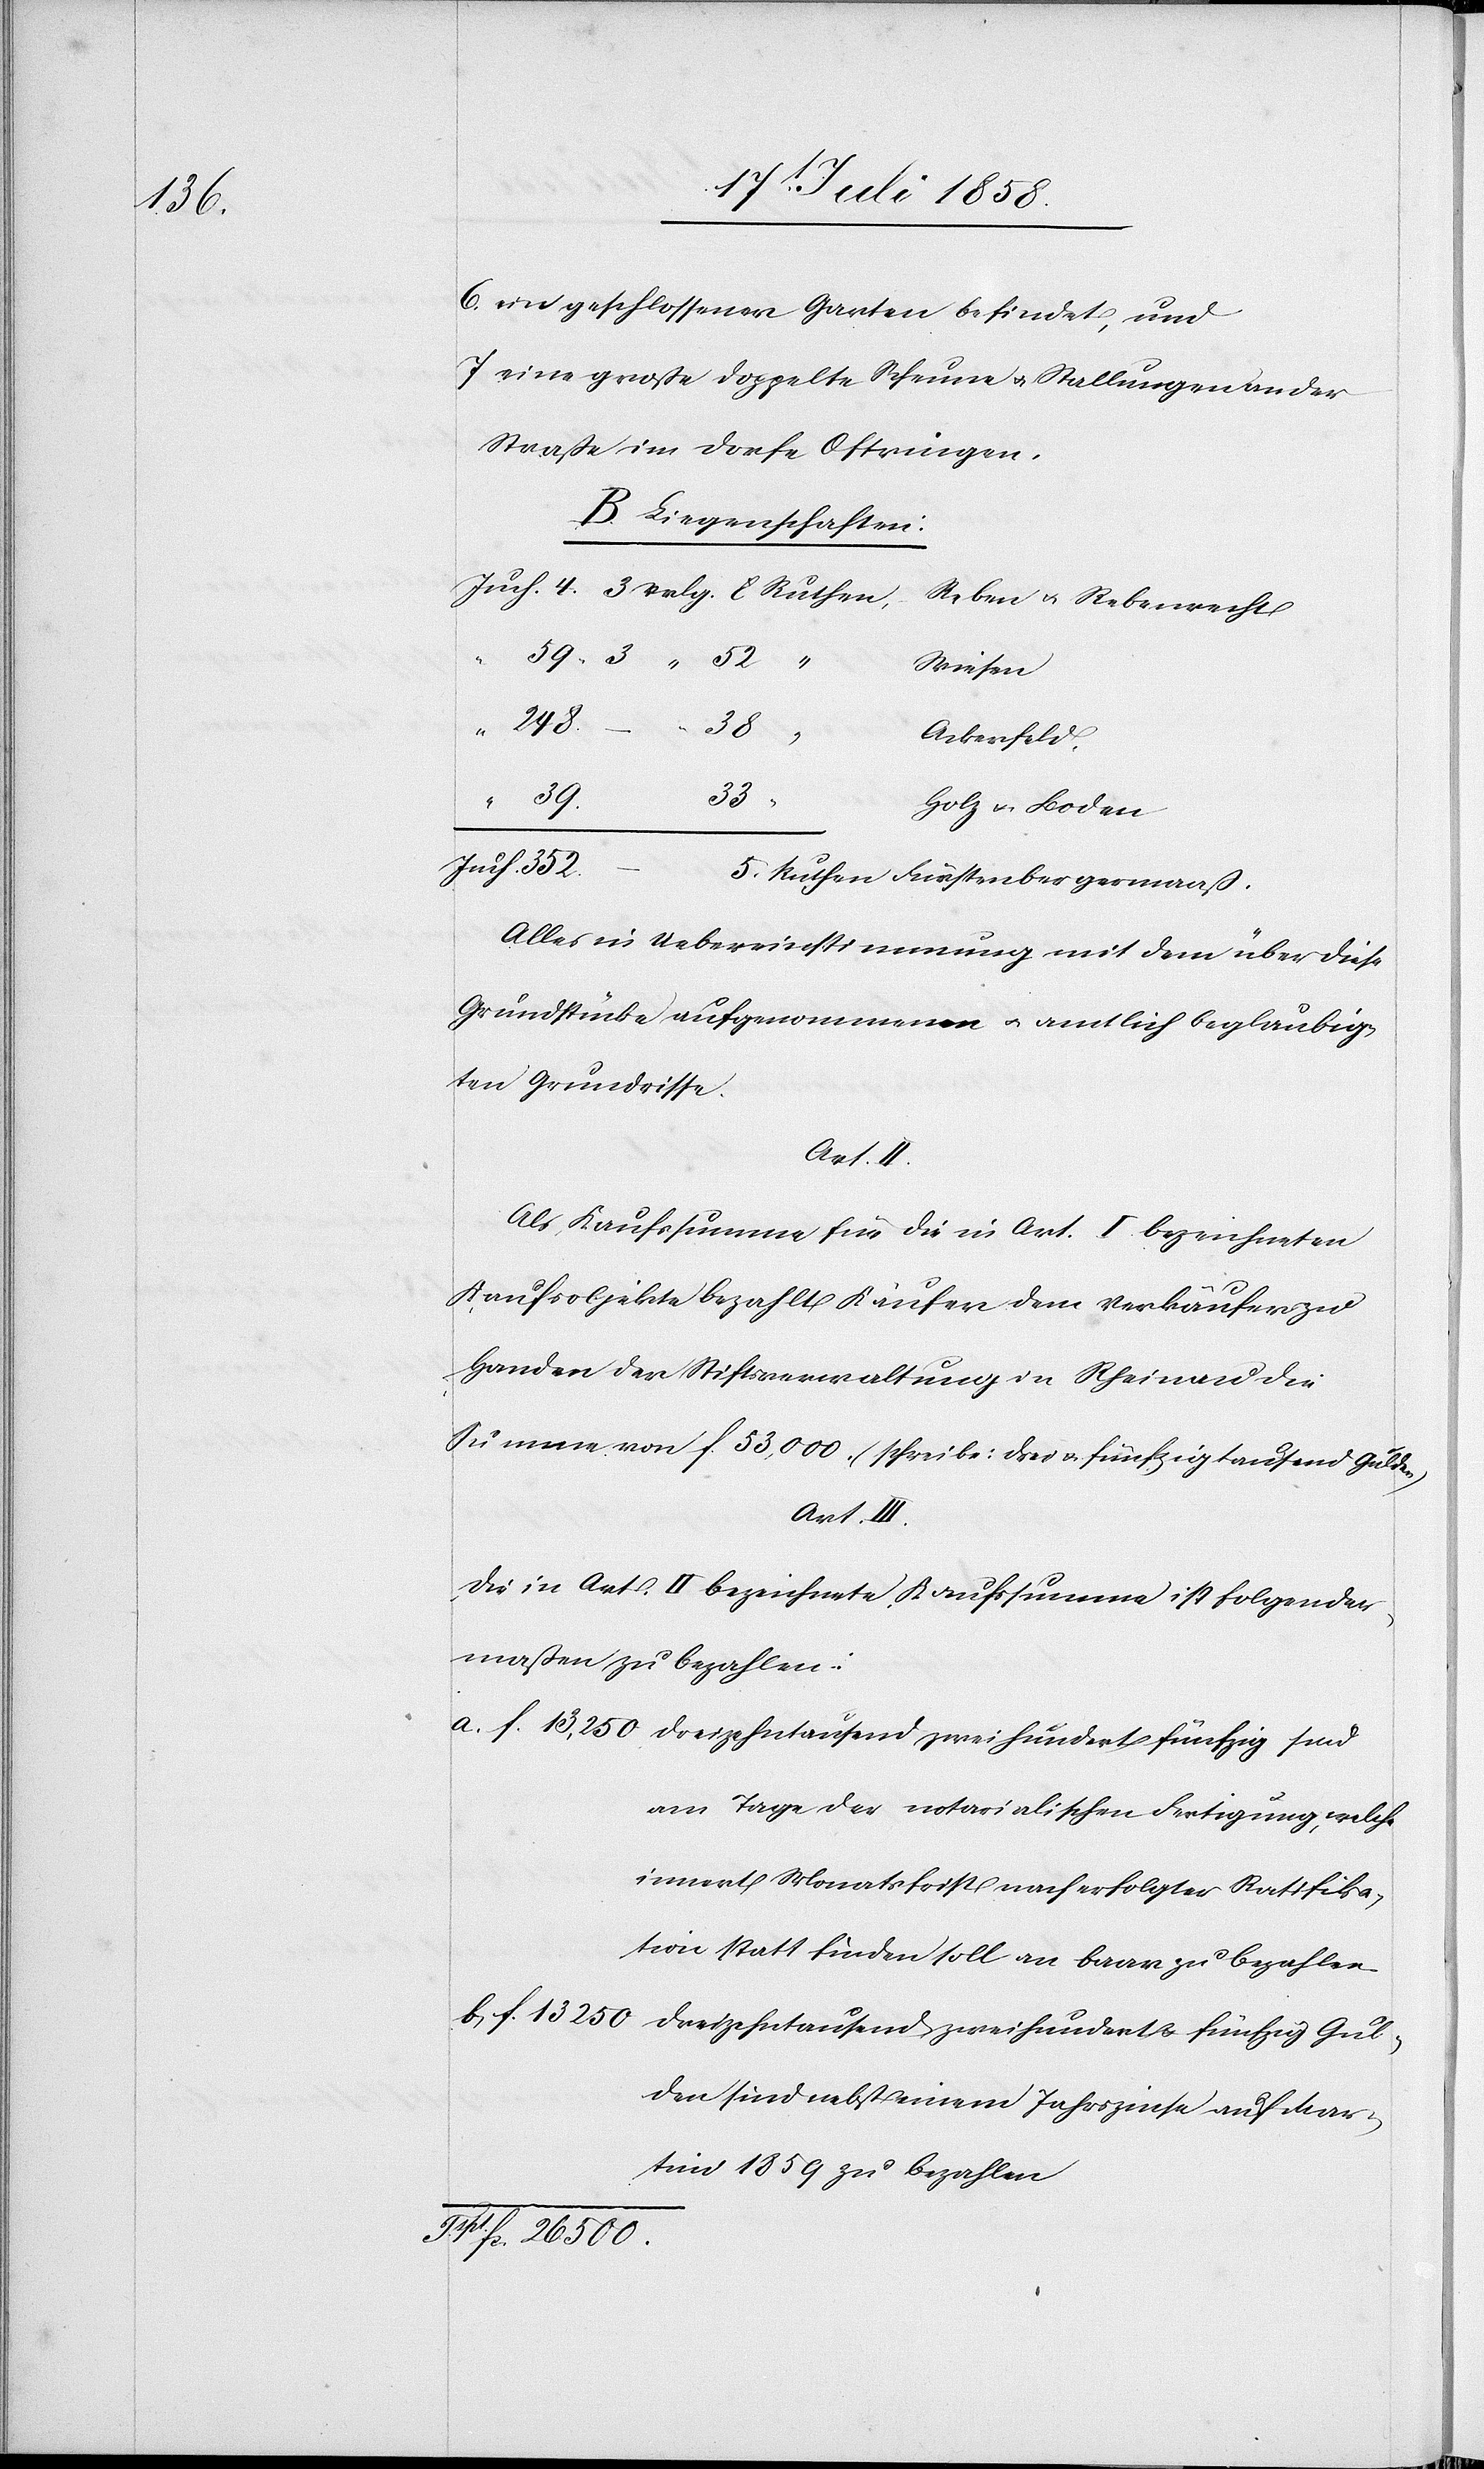
6) ein geschlossener Garten befindet, und
7) eine große doppelte Scheune & Stallungen an der
Straße im Dorfe Oftringen.
B. Liegenschaften:
Reben & Rebenrecht
Wiesen
248.
26
500.
Ackerfeld,
39.
33
Holz & Boden
fcs.
Ruthen
Alles in Uebereinstimmung mit dem über diese
Grundstücke aufgenommenen & amtlich beglaubig¬
ten Grundrisse.
Als Kaufssumme für die in Art. I bezeichneten
Kaufsobjekte bezahlt Käufer dem Verkäufer zu
Handen der Stiftsverwaltung in Rheinau die
Summe von f. 53,000. (schreibe: drei & fünfzigtausend Gulden)
Art. III.
Die in Art. II bezeichnete Kaufssumme ist folgender¬
maßen zu bezahlen:
am Tage der notarialischen Fertigung, welche
innert Monatsfrist nach erfolgter Ratifika¬
tion statt finden soll an baar zu bezahlen.
den sind nebst einem Jahrszinse auf Mar¬
tini 1859 zu bezahlen